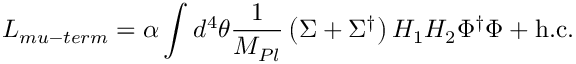
{ \cal L } _ { m u - t e r m } = \alpha \int d ^ { 4 } \theta { \frac { 1 } { M _ { P l } } } \left( \Sigma + \Sigma ^ { \dagger } \right) H _ { 1 } H _ { 2 } \Phi ^ { \dagger } \Phi + \mathrm { h . c . }